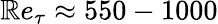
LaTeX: \mathbb{R}e_{\tau}\approx550-1000